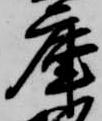
庫